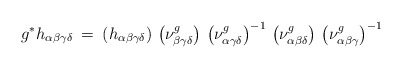
\begin{align*}g^* h_{\alpha \beta \gamma \delta} \: = \: \left( h_{\alpha \beta \gamma\delta} \right) \, \left( \nu^g_{\beta \gamma \delta} \right) \, \left( \nu^g_{\alpha \gamma \delta} \right)^{-1} \,\left( \nu^g_{\alpha \beta \delta} \right) \,\left( \nu^g_{\alpha \beta \gamma} \right)^{-1}\end{align*}